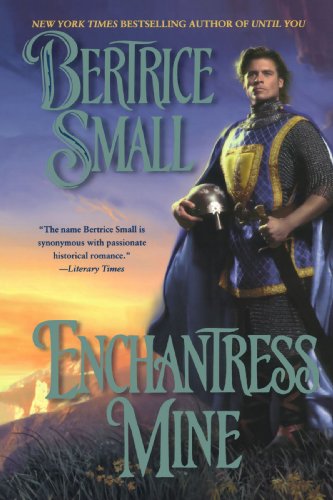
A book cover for Enchantress Mine; Bertrice Small; Romance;